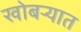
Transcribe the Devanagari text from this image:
खोबऱ्यात